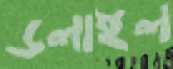
ডলাইল